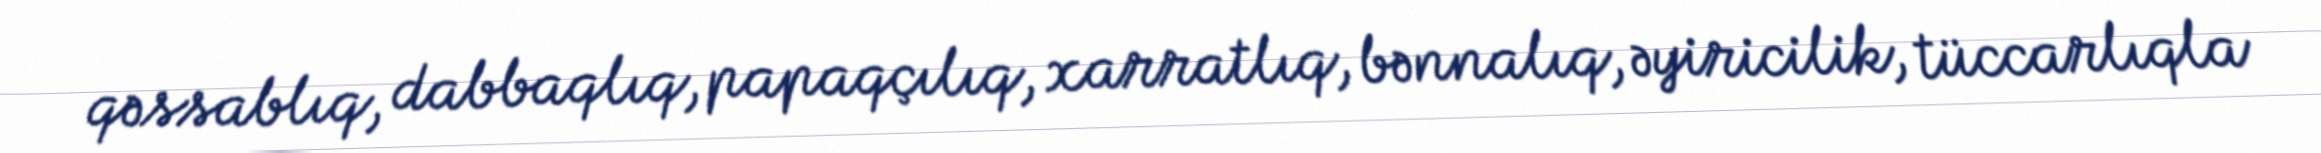
qəssablıq, dabbaqlıq, papaqçılıq, xarratlıq, bənnalıq, əyiricilik, tüccarlıqla